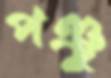
পঞ্চু